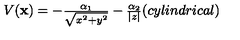
\begin{array} { c } { V ( { \bf x } ) = - { \frac { \alpha _ { 1 } } { \sqrt { x ^ { 2 } + y ^ { 2 } } } } - { \frac { \alpha _ { 2 } } { | z | } } \space \space \space \space ( c y l i n d r i c a l ) } \\ \end{array} \nonumber